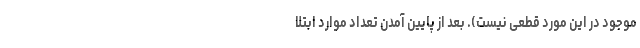
موجود در این مورد قطعی نیست). بعد از پایین آمدن تعداد موارد ابتلا